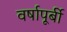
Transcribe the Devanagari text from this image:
वर्षापूर्बी